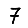
Digit: 7